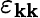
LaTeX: \varepsilon_{\mathbf{k}\mathbf{k}}